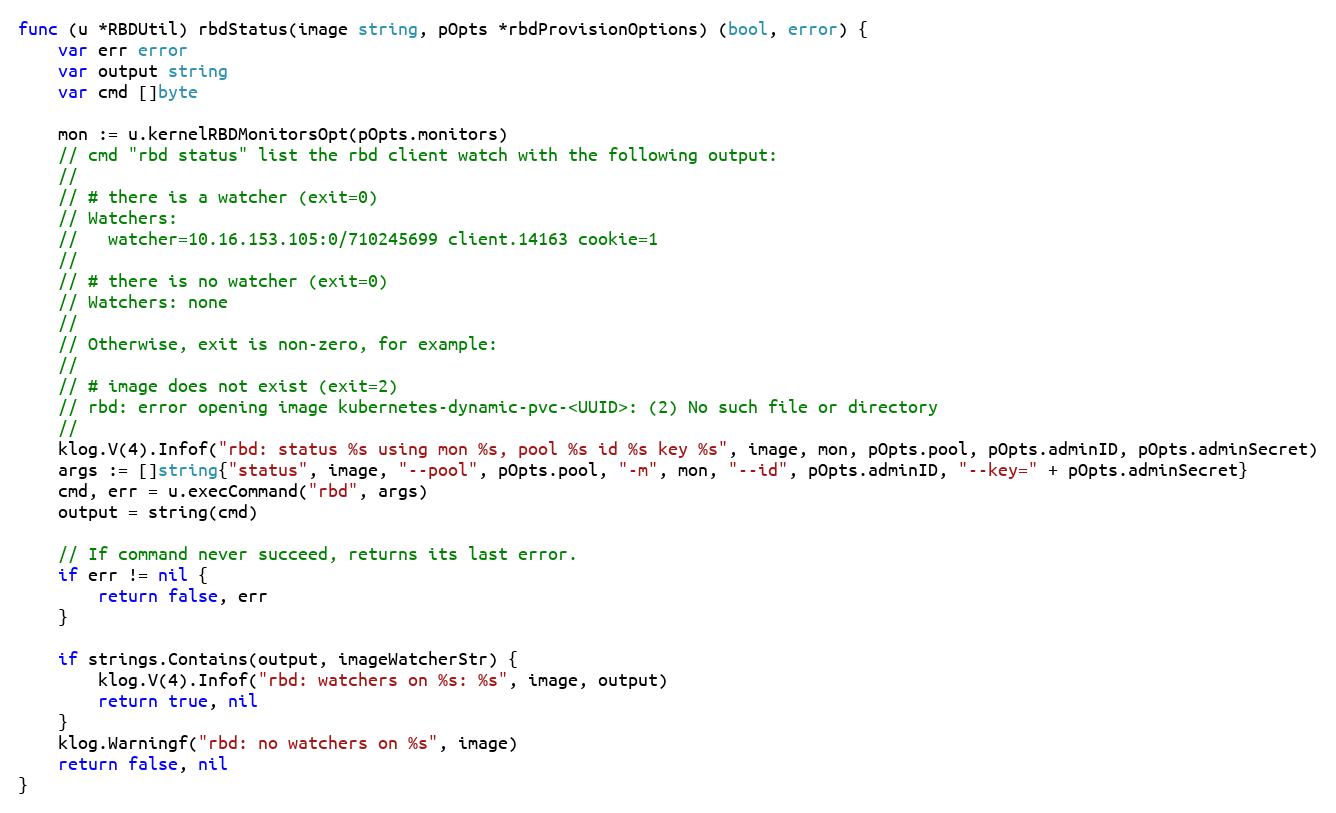
Language: Go
func (u *RBDUtil) rbdStatus(image string, pOpts *rbdProvisionOptions) (bool, error) {
	var err error
	var output string
	var cmd []byte

	mon := u.kernelRBDMonitorsOpt(pOpts.monitors)
	// cmd "rbd status" list the rbd client watch with the following output:
	//
	// # there is a watcher (exit=0)
	// Watchers:
	//   watcher=10.16.153.105:0/710245699 client.14163 cookie=1
	//
	// # there is no watcher (exit=0)
	// Watchers: none
	//
	// Otherwise, exit is non-zero, for example:
	//
	// # image does not exist (exit=2)
	// rbd: error opening image kubernetes-dynamic-pvc-<UUID>: (2) No such file or directory
	//
	klog.V(4).Infof("rbd: status %s using mon %s, pool %s id %s key %s", image, mon, pOpts.pool, pOpts.adminID, pOpts.adminSecret)
	args := []string{"status", image, "--pool", pOpts.pool, "-m", mon, "--id", pOpts.adminID, "--key=" + pOpts.adminSecret}
	cmd, err = u.execCommand("rbd", args)
	output = string(cmd)

	// If command never succeed, returns its last error.
	if err != nil {
		return false, err
	}

	if strings.Contains(output, imageWatcherStr) {
		klog.V(4).Infof("rbd: watchers on %s: %s", image, output)
		return true, nil
	}
	klog.Warningf("rbd: no watchers on %s", image)
	return false, nil
}